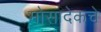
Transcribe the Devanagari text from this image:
मोसादेकचे